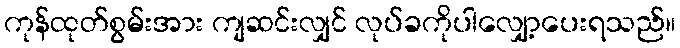
ကုန်ထုတ်စွမ်းအား ကျဆင်းလျှင် လုပ်ခကိုပါလျှော့ပေးရသည်။